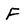
Character: F